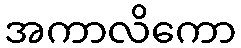
အကာလိကော